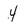
Character: 4